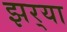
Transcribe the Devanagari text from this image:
झर्‍या